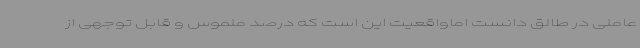
عاملی در طالق دانست اماواقعیت این است که درصد ملموس و قابل توجهی از